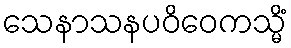
သေနာသနပဝိဝေကသ္မိံ